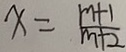
x = \frac { m + 1 } { m + 2 }